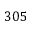
3 0 5